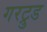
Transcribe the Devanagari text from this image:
गरट्रुड